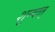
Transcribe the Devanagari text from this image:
शून्यात्